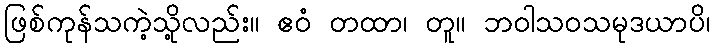
ဖြစ်ကုန်သကဲ့သို့လည်း။ ဧဝံ တထာ၊ တူ။ ဘဝါသဝသမုဒယာပိ၊